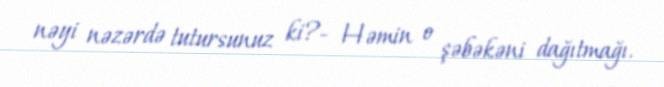
nəyi nəzərdə tutursunuz ki?- Həmin o şəbəkəni dağıtmağı.